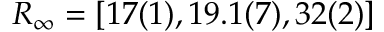
R _ { \infty } = [ 1 7 ( 1 ) , 1 9 . 1 ( 7 ) , 3 2 ( 2 ) ]